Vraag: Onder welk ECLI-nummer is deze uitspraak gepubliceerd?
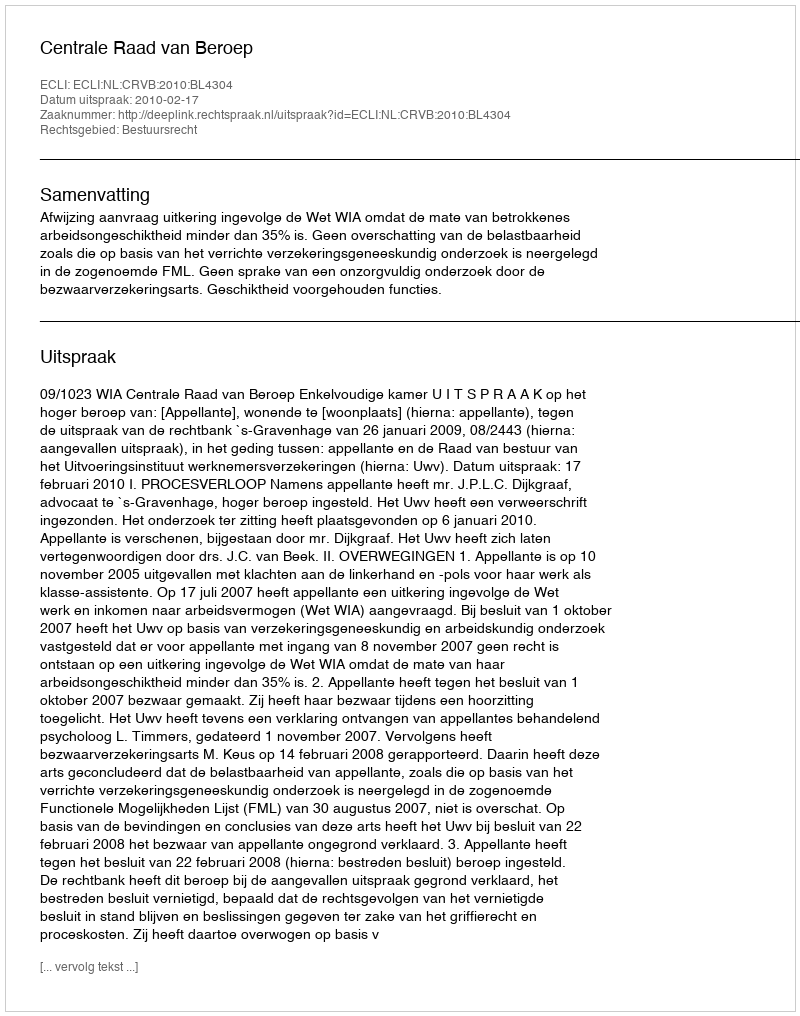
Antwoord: ECLI:NL:CRVB:2010:BL4304